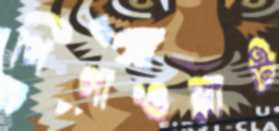
গিগাওয়াট